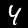
Label: 4